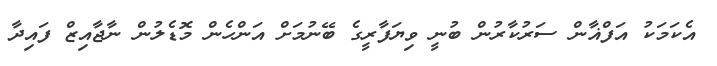
އެކަމަކު އަފްޣާން ސަރުކާރުން ބުނީ ވިޔަފާރީގެ ބޭނުމަށް އަންހެން މޮޑެލުން ނާޖާއިޒް ފައިދާ